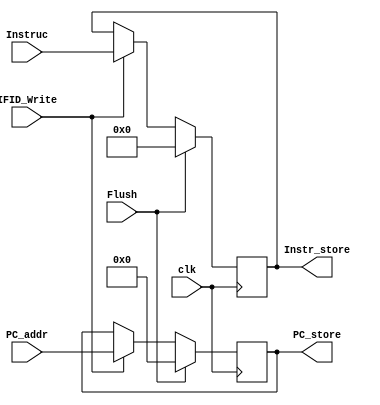

module IF_ID(
    input clk, IFID_Write, Flush,
    input [63:0] PC_addr,
    input [31:0] Instruc,
    output reg [63:0] PC_store,
    output reg [31:0] Instr_store
);

always @(posedge clk) begin
    // Check if Flush signal is active
    if (Flush) begin
        // Reset stored values
        PC_store <= 0;
        Instr_store <= 0;
    end else if (!IFID_Write) begin
        // Preserve stored values
        PC_store <= PC_store;
        Instr_store <= Instr_store;
    end else begin
        // IF/ID pipeline registers
        PC_store <= PC_addr;
        Instr_store <= Instruc;
    end
end

endmodule